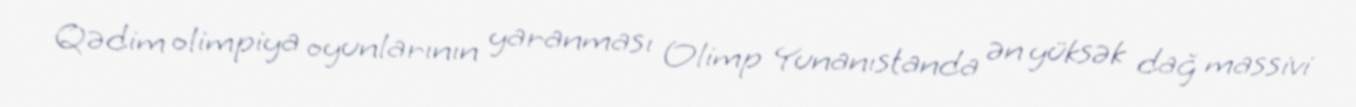
Qədim olimpiya oyunlarının yaranması Olimp Yunanıstanda ən yüksək dağ massivi